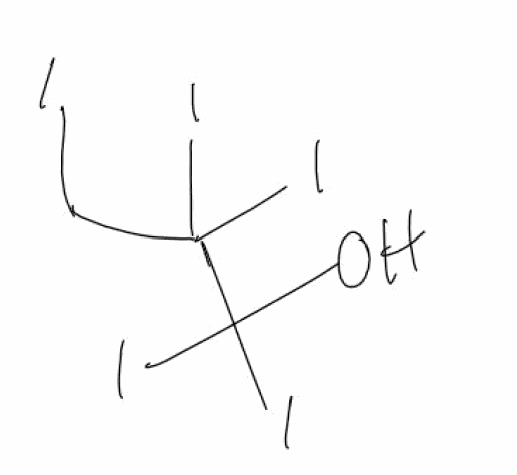
Simplified molecular-input line-entry system (SMILES) notation of the given molecule:
C(C(C(O)(I)I)(I)I)I